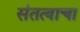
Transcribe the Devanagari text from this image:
संतत्वाचा